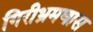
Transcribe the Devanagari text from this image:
गिरीभ्रमणास